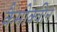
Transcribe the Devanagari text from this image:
कैमोक्वीन